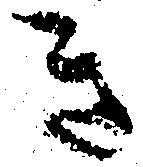
き